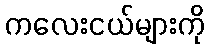
ကလေးငယ်များကို